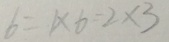
6 = 1 \times 6 - 2 \times 3